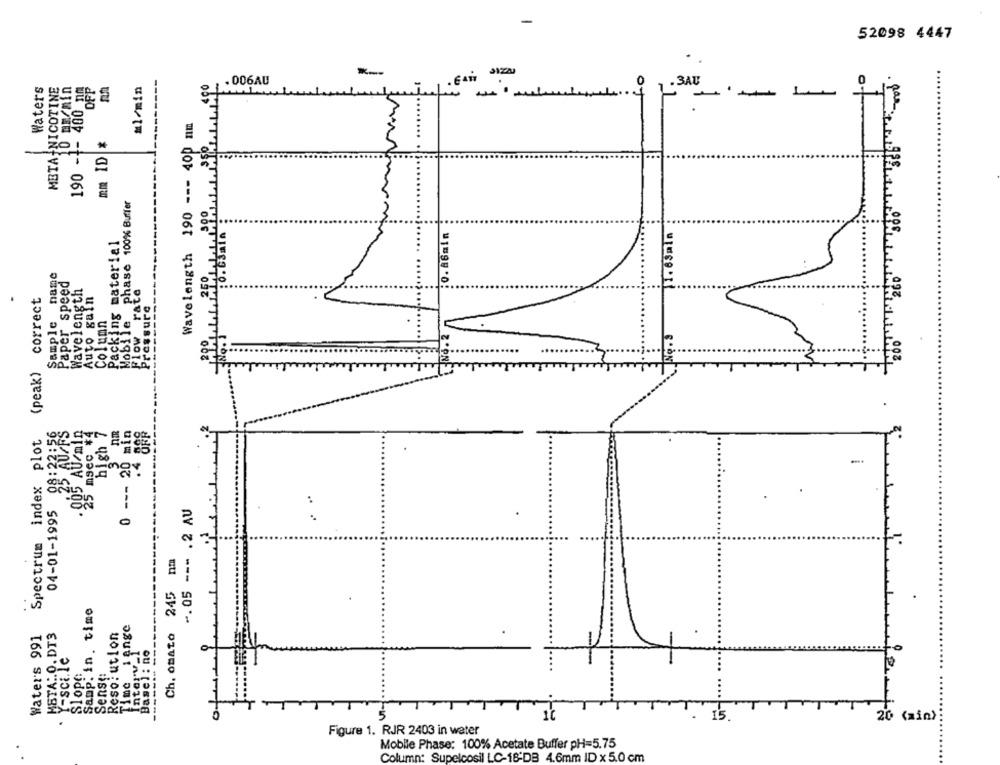
-
52098 4447
K --
Waters
META NICOTINE
D BECMin
190 -1- 400 EP
Ml/min
. 006AU
0
. 3AU
L
--
Wavelength 190 --- 400 nm
mm ID
Mobile phase 100% Buffer
AGain
11.63min
Packing material
Sample name
Paper speed
Wavelength
rate
correct
Auto gain
Pressure
Column
--------
Flow
200
(peak)
high 7
Spectrum index plot
08:22:56
25 msec *4
0 --- 20 min
=
..
04-01-1995
-. 05 --- . 2 AU
Ch. omato 245
Samp. in time
Time iange
Waters 991
MSTA :. O. DT3
Resolution
------- ---
Y-sci.le
Interv_1
Basel : no
Slope:
Sense:
TH
.
15
20 (min) :
Figure 1. RJR 2403 in water
Mobile Phase: 100% Acetate Buffer pH=5.75
Column: Supelcosil LC-18-DB 4.6mm ID x 5.0 cm